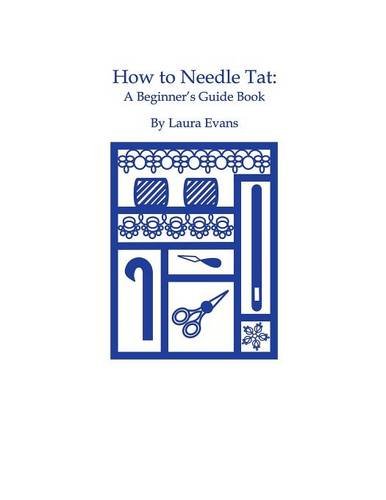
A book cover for HOW TO NEEDLE TAT: A Beginner's Guide Book; Laura Evans; Crafts, Hobbies & Home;